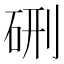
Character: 硎